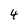
Character: 4